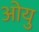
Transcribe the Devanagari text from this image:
ओयु